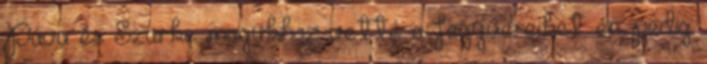
Páva és Szürke magukhoz vetté a fegyvereiket én pedig